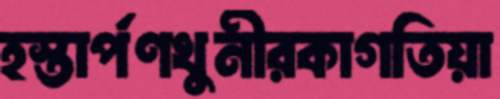
হস্তার্পণখুনীরকাগতিয়া